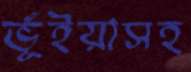
ভূঁইয়াসহ